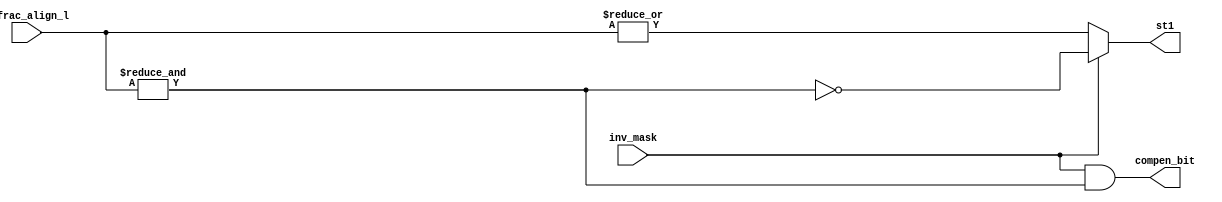
//==================================================================
//Revision	: v1.0
//Description: sticky logic to get the intermediate sticky bit
//------------------------------------------------------------
//Copyright(c)by VLSI lab of Tianjin university
//all rights reserved
//========================================================================
module sticky_handler   (
                        c_frac_align_l,
                        inv_mask,

                        compen_bit,//compensation bit
                        st1//intermediate sticy bit
                        );
//I/O
input       [23:0]  c_frac_align_l;
input               inv_mask;

output              compen_bit;
output              st1;

wire        c_frac_align_l_bitor;//bitwise or of c_frac_align_l

wire        c_frac_align_l_bitand;//bitwise and of c_frac_align_l

assign  c_frac_align_l_bitor    = | c_frac_align_l;
assign  c_frac_align_l_bitand   = & c_frac_align_l;

assign  st1         = ( !inv_mask ) ? c_frac_align_l_bitor : {~c_frac_align_l_bitand};
assign  compen_bit  = ( inv_mask && c_frac_align_l_bitand );
endmodule